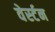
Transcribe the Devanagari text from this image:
वेर्स्‍टन